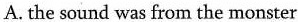
A. the sound was from the monster